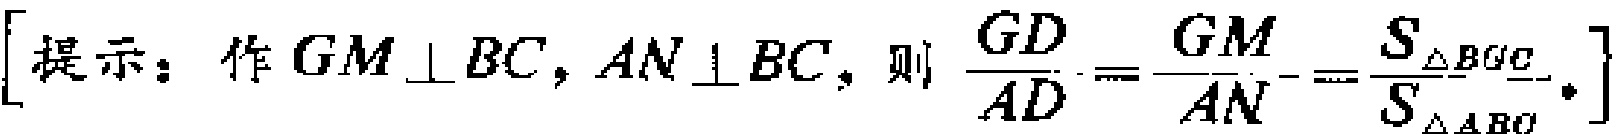
$[提示：作GM\perp BC,AN\perp BC,则\frac{GD}{AD}=\frac{GM}{AN}=\frac{S_{\triangle BGC}}{S_{\triangle ABC}}.]$